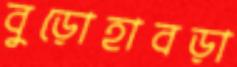
বুড়োহাবড়া